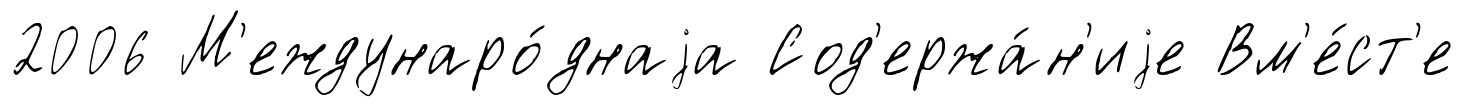
2006 М'еждунаро́днаjа Сод'ержа́н'иjе Вм'е́ст'е